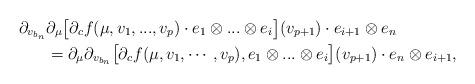
LaTeX: \begin{align*}\partial_{v_{b_{n}}} &\partial_{\mu} \bigl[ \partial_{c} f(\mu,v_{1},...,v_{p}) \cdot e_{1} \otimes ... \otimes e_{i} \bigr](v_{p+1}) \cdot e_{i+1} \otimes e_{{n}} \\&=\partial_{\mu} \partial_{v_{b_{n}}} \bigl[ \partial_{c} f(\mu,v_{1},\cdots,v_{p}) , e_{1} \otimes ... \otimes e_{i} \bigr] (v_{p+1} ) \cdot e_{{n}} \otimes e_{i+1},\end{align*}